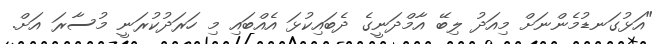
"އަޅުގަނޑުމެންނަށް މިއަދު ލިބޭ އާމްދަނީގެ ދެބައިކުޅަ އެއްބައި މި ހަރަދުކުރަނީ މުސާރަ އަށް.